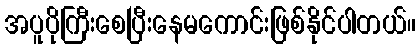
အပူပိုကြီးစေပြီးနေမကောင်းဖြစ်နိုင်ပါတယ်။